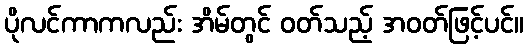
ပိုလင်ကာကလည်း အိမ်တွင် ဝတ်သည့် အဝတ်ဖြင့်ပင်။